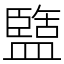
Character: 盬